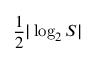
{ \frac { 1 } { 2 } } \vert \log _ { 2 } S \vert